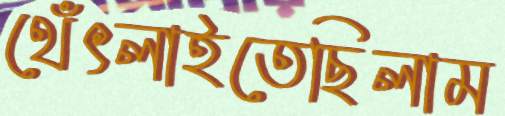
থেঁৎলাইতেছিলাম